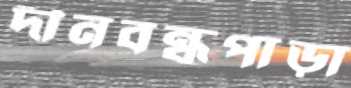
দীনবন্ধুপাড়া